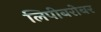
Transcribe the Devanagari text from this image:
लिपीबरोबर